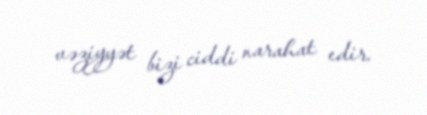
vəziyyət bizi ciddi narahat edir.